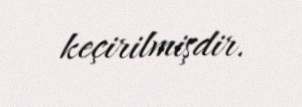
keçirilmişdir.